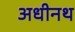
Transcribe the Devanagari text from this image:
अधीनथ